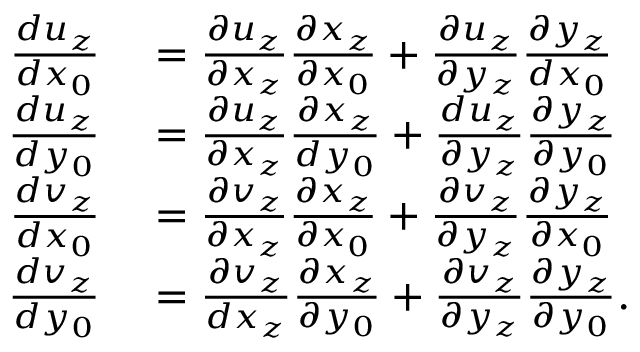
\begin{array} { r l } { \frac { d u _ { z } } { d x _ { 0 } } } & { { } = \frac { \partial u _ { z } } { \partial x _ { z } } \frac { \partial x _ { z } } { \partial x _ { 0 } } + \frac { \partial u _ { z } } { \partial y _ { z } } \frac { \partial y _ { z } } { d x _ { 0 } } } \\ { \frac { d u _ { z } } { d y _ { 0 } } } & { { } = \frac { \partial u _ { z } } { \partial x _ { z } } \frac { \partial x _ { z } } { d y _ { 0 } } + \frac { d u _ { z } } { \partial y _ { z } } \frac { \partial y _ { z } } { \partial y _ { 0 } } } \\ { \frac { d v _ { z } } { d x _ { 0 } } } & { { } = \frac { \partial v _ { z } } { \partial x _ { z } } \frac { \partial x _ { z } } { \partial x _ { 0 } } + \frac { \partial v _ { z } } { \partial y _ { z } } \frac { \partial y _ { z } } { \partial x _ { 0 } } } \\ { \frac { d v _ { z } } { d y _ { 0 } } } & { { } = \frac { \partial v _ { z } } { d x _ { z } } \frac { \partial x _ { z } } { \partial y _ { 0 } } + \frac { \partial v _ { z } } { \partial y _ { z } } \frac { \partial y _ { z } } { \partial y _ { 0 } } . } \end{array}